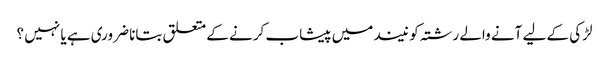
لڑکی کے لیے آنے والے رشتہ کو نیند میں پیشاب کرنے کے متعلق بتانا ضروری ہے یا نہیں ؟